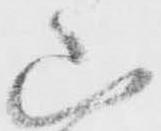
山